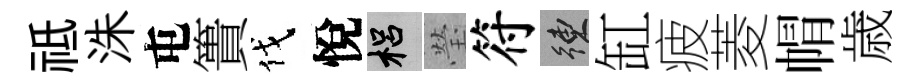
祗洙屯簣伐悅梠瑩符練缸疲菱㡌歳